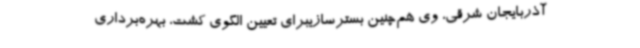
آذربایجان شرقی، وی هم‌چنین بسترسازیبرای تعیین الگوی کشت، بهره‌برداری